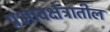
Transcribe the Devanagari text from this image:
प्रभावक्षेत्रातील